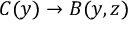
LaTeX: C ( y ) \rightarrow B ( y , z )